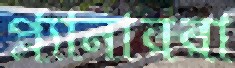
প্ল্যানাররা